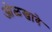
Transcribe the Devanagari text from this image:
ओळखावे